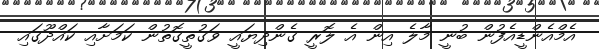
އެމްއެންޑީއެފުން ބުނީ މާލެ އިން އެ ލޮރީ ގެންދިޔައީ ވަގުތީގޮތުން ކަމަށާއި ކައްދޫގައި